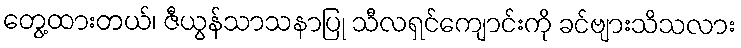
တွေ့ထားတယ်၊ ဇီယွန်သာသနာပြု သီလရှင်ကျောင်းကို ခင်ဗျားသိသလား